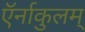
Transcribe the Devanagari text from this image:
ऍर्नाकुलम्